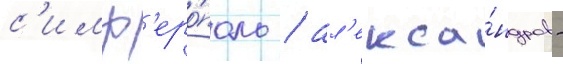
с'имф'еро́поль / ал'екса́ндров -